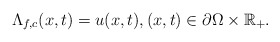
\begin{align*}\Lambda_{f,c}(x,t)=u(x, t),(x, t)\in {\partial \Omega\times\mathbb{R}_+}. \end{align*}